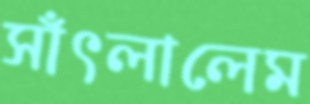
সাঁৎলালেম